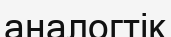
аналогтік